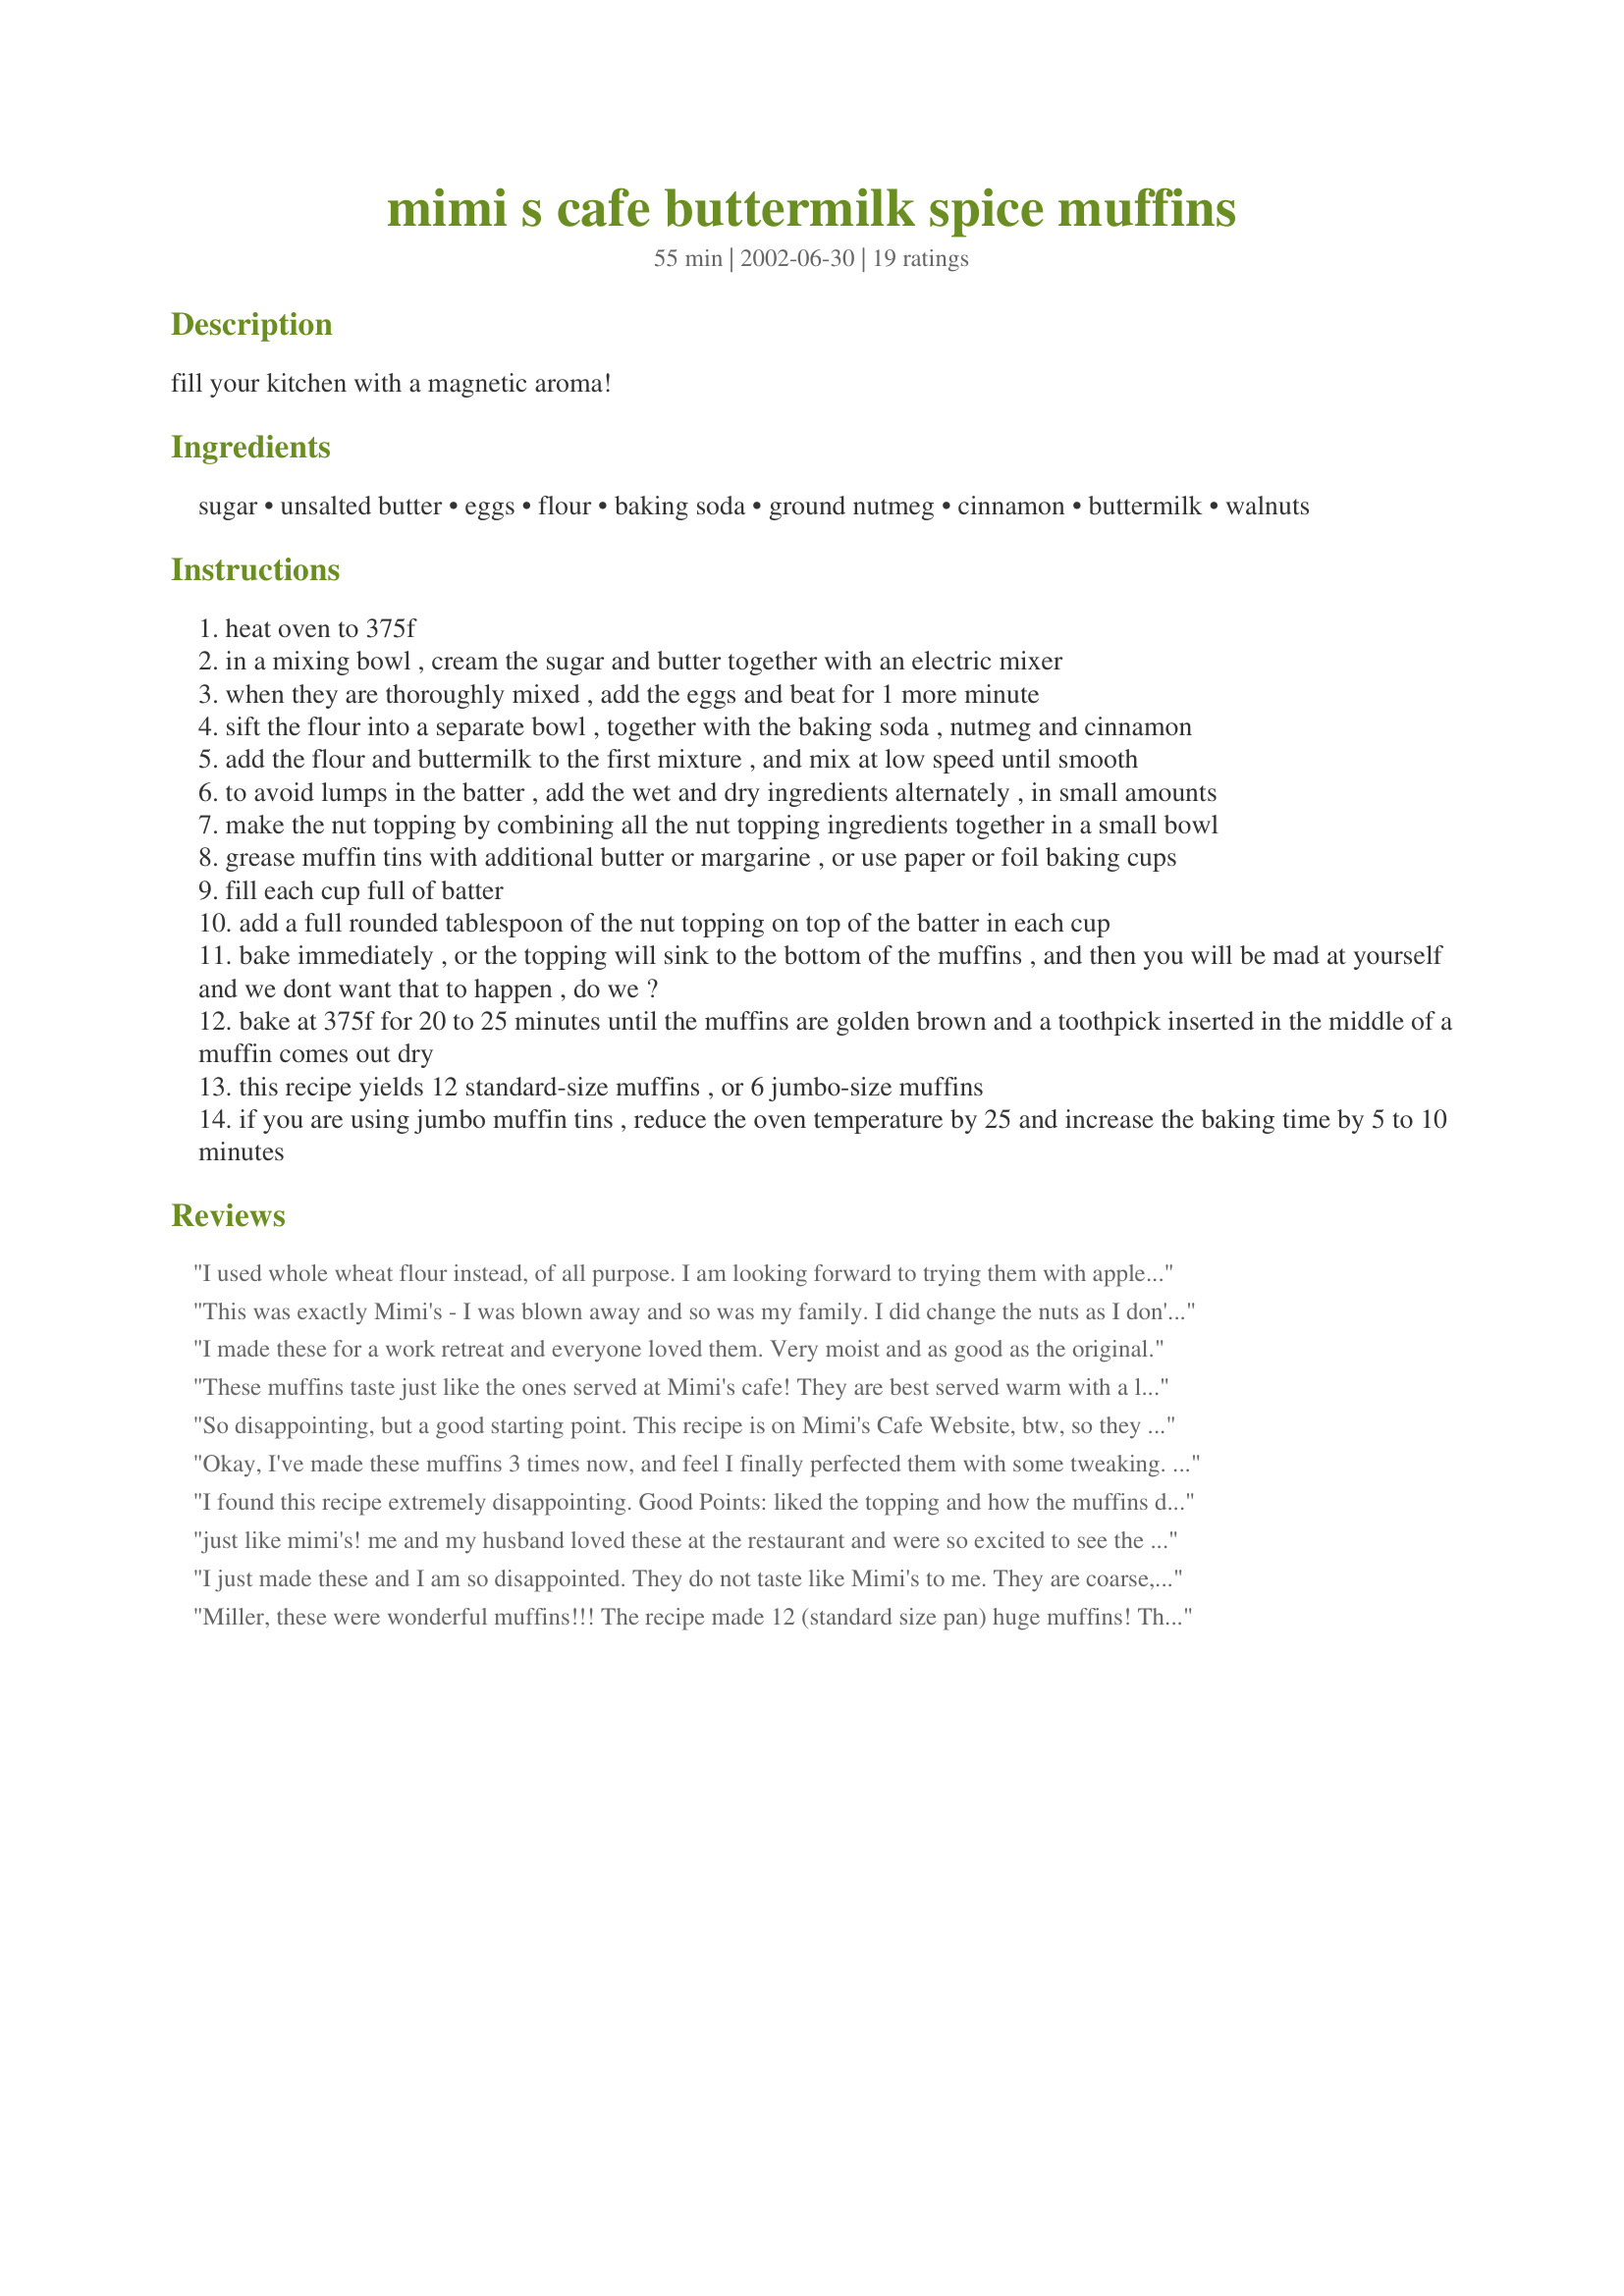
mimi s cafe buttermilk spice muffins
Preparation time: 55 minutes

fill your kitchen with a magnetic aroma!

Ingredients:
sugar, unsalted butter, eggs, flour, baking soda, ground nutmeg, cinnamon, buttermilk, walnuts

Steps:
heat oven to 375f
in a mixing bowl , cream the sugar and butter together with an electric mixer
when they are thoroughly mixed , add the eggs and beat for 1 more minute
sift the flour into a separate bowl , together with the baking soda , nutmeg and cinnamon
add the flour and buttermilk to the first mixture , and mix at low speed until smooth
to avoid lumps in the batter , add the wet and dry ingredients alternately , in small amounts
make the nut topping by combining all the nut topping ingredients together in a small bowl
grease muffin tins with additional butter or margarine , or use paper or foil baking cups
fill each cup full of batter
add a full rounded tablespoon of the nut topping on top of the batter in each cup
bake immediately , or the topping will sink to the bottom of the muffins , and then you will be mad at yourself and we dont want that to happen , do we ?
bake at 375f for 20 to 25 minutes until the muffins are golden brown and a toothpick inserted in the middle of a muffin comes out dry
this recipe yields 12 standard-size muffins , or 6 jumbo-size muffins
if you are using jumbo muffin tins , reduce the oven temperature by 25 and increase the baking time by 5 to 10 minutes

Reviews:
I used whole wheat flour instead, of all purpose. I am looking forward to trying them with apple like leeannr suggested.
This was exactly Mimi's - I was blown away and so was my family. I did change the nuts as I don't like walnuts and I used pecans instead.
I made these for a work retreat and everyone loved them. Very moist and as good as the original.
These muffins taste just like the ones served at Mimi's cafe! They are best served warm with a little butter. Yes, they are full of calories but they're worth it.
So disappointing, but a good starting point. This recipe is on Mimi's Cafe Website, btw, so they put it out there, and I suspect it's intentionally &quot;off.&quot; First off, all I taste is baking soda. Two teaspoons of baking soda seems like a LOT. Most muffin recipes of similar volume call for 1/2 to 1 teaspoon. I'm not sure why this one calls for two. I'll use 1 tsp on my next try. They are also dense and dry. I'll be reducing the flour by 1/4-1/2 cup. Bland. Not enough sugar, not enough spice, needs some salt too! And vanilla. Only calls for nutmug and cinnamon...and double nutmeg than cinnamon. Needs cloves and maybe allspice. The topping ratio of nuts to sugar seems off and it all just falls off. This time I'll press the walnut pieces into the tops, and then sprinkle on the sugar/spice mix. And I'll try moving to the top rack the last few minutes to attempt to caramelize the sugar a bit and make the nuts more toasty.
Okay, I've made these muffins 3 times now, and feel I finally perfected them with some tweaking. I had the same experience as others with muffins being dry, dense, and not sweet enough when baking exactly as recipe calls for. What I did was reduce flour to 2 1/4 cups, add 1/4 c sugar more, rounded the measurements of spices for more flavor, plus added 1 tsp of vanilla. I made sure to add wet ingredients to dry and just gently hand-mixed. I baked for 5 mins. at 420 then reduced heat to 375 for 20 mins. more. I used quick oats instead of walnuts in the topping and brushed them with a bit of egg white to help keep the topping from coming off all over during baking. Came out delicious!! Light, moist, airy, fluffy with shiny, slightly browned, sweet tops. Fantastic!!!!!
I found this recipe extremely disappointing. Good Points: liked the topping and how the muffins did rise - beautiful &quot;crown&quot;. Bad Points: completely lacked in flavor - what spice - there wasn't any. Be careful not to overcook, because they will become dry quickly. I can't believe people actually pay someone at Mimi's Cafe to make these.
just like mimi's! me and my husband loved these at the restaurant and were so excited to see the recipe posted. however, next time I will use a rounded teaspoon of nutmeg to give it more of th spice that mimi's have. But thank you so much for the recipe...we will be making them time and time again.
I just made these and I am so disappointed. They do not taste like Mimi's to me. They are coarse, not light. I am going to make another batch tomorrow and see if I can figure out what happened.
Miller, these were wonderful muffins!!! The recipe made 12 (standard size pan) huge muffins! The crowns were really big--the best I've ever made! They were light, moist, and fluffy, and the topping was a really nice addition. The spices were a great combo, and I'm thinking that you could add chopped apples, or blueberries. This is the kind of muffin I always TRY to make, but the other "bakery style" recipes don't cut it! Thanks for sharing! If you have any others like this, please share those, as well!!!
Mine were a bit dry, too, but I overcooked them. I think. They still had wonderful flavor =)
We make these every holiday season and the whole family just begs for them! They have always come out light and fluffy unless they are overcooked...And the house really does smell just amazing when they are cooking. =)
These muffins were nice. They had a lovely, light texture and a crunchy, toasted nut topping.I didn't have walnuts so I used pecans instead and increased the cinnamon to 1 teas. I found that despite the fact they were light and moist, they were still lacking something. I think next time I'll add 1/8 teaspoon of ginger and cloves and some raisins to the batter.
Due to the fact that I was able to read leeannr&#8217;s glowing review of these muffins just before I made them myself I had an opportunity to experiment a wee bit with the tin size. My 12-c. tins are rather ancient and have a somewhat smaller capacity than is currently &#8216;fashionable&#8217;. I had mental images of tops flowing together and making the muffins almost impossible to get out of my all to likely to stick (as opposed to non stick)tins. The resulting mess would hardly suitable for guest fare.

I used two six-celled popover tins and still the muffins filled them amply, without loosing that oh-so-desirable peaked top. 

The muffins themselves were moist and light and the texture and flavour were excellent. With the addition of the topping they were definitely decadent.

Unfortunately i will not be able to comment as to whether they remain moist when stored for a day or two...I will be lucky if they last the day.

Thank you Miller,I'm looking forward to making this recipe time and time again.
I just made these & they really are very good. Mine were a little dry so I cooked my 2nd batch a couple of minutes less made it 19mins I haven't tried them yet but I will let you know
Loved them ...just like mimi's cafe. Next time I'll make half of the topping cuz I had way too much left over.
The tops were plenty sweet but it seemed like the inside of the muffin wasn't as sweet as Mimi's. As far as flavor they turned out great, just the right amount of spice. I didn't have any walnuts for the topping so I replace them with 1 cup of quick oats which gave a nice texture to the top. Next time I may increase the sugar to 1 1/2 cups or 1 cup white, 1/2 cup brown.
Very good muffins, though mine were a bit dry after only 18 minutes in the oven, so I would suggest watching the time (I made regular-sized muffins). The tops were wonderful, as other reviewers have noted, but the muffin itself was not quite sweet or spicy enough for my taste. Still a great recipe and a must if you are not a sugar addict like me :)
I made these for breakfast for some friends. They were pretty good. A little dry for me. However, we really liked the topping. I think everyone else liked them, because they disappeared fast. Thank you very much for posting this recipe. I may try adding some kind of fruit to it in the future.
